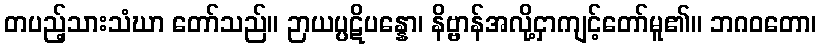
တပည့်သားသံဃာ တော်သည်။ ဉာယပ္ပဋိပန္နော၊ နိဗ္ဗာန်အလို့ငှာကျင့်တော်မူ၏။ ဘဂဝတော၊